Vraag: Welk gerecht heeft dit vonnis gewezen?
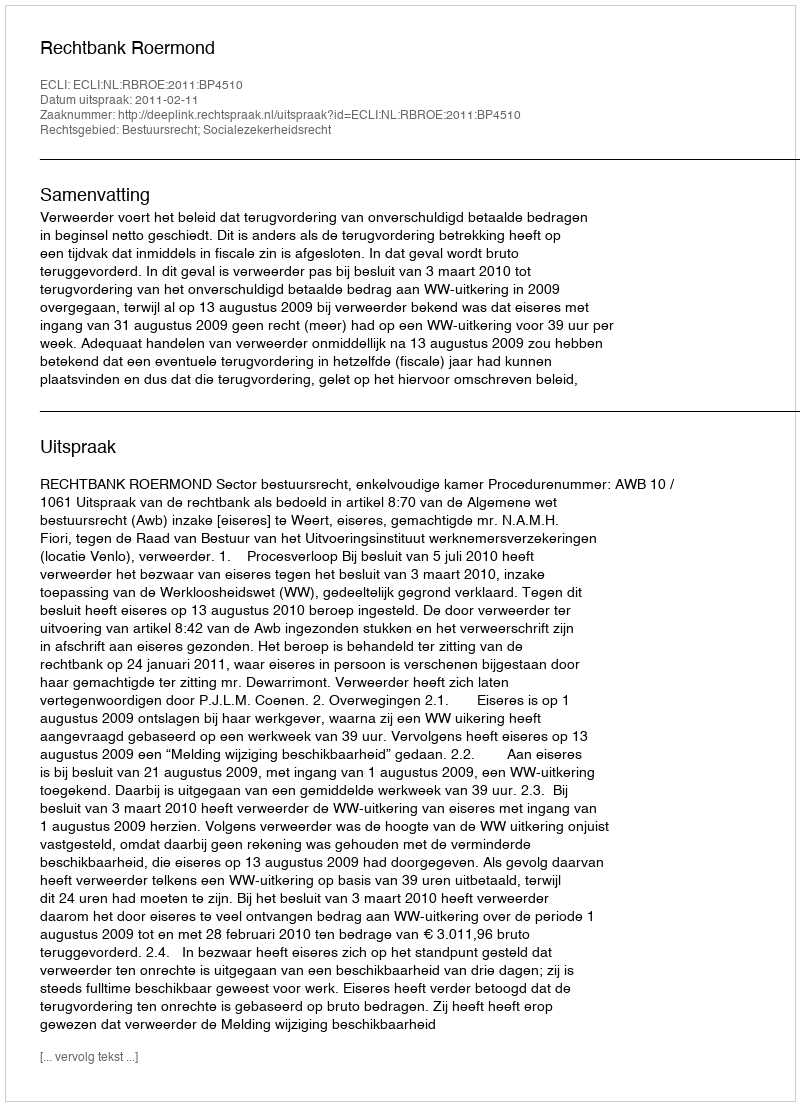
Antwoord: Rechtbank Roermond